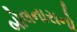
બોલનારાનો